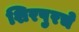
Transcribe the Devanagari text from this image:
शिरपुरचे